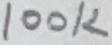
Text: 100K